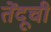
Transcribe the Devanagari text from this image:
तेंदूची